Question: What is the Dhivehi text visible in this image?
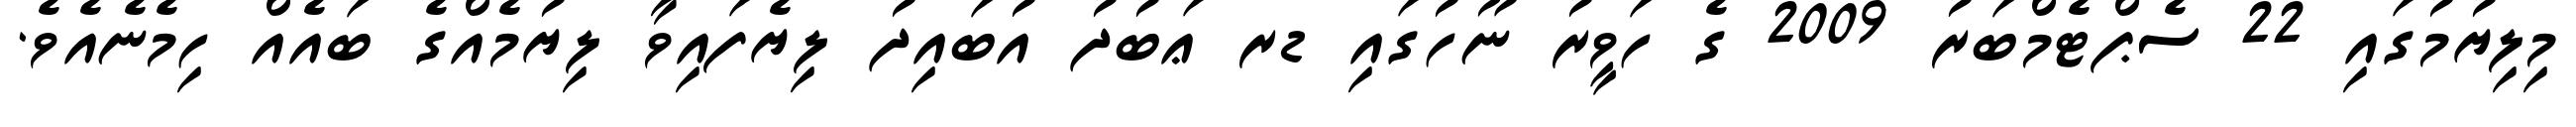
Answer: މިލިޔުމުގައި 22 ސެޕްޓެމްބަރު 2009 ގެ ހަވީރު ނޫހުގައި ޑރ ޢަބުދު އުބައިދު ލިޔެފައިވާ ލިޔުމެއްގެ ބައެއް ހިމެނެއެވެ.